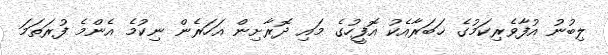
ލިބުނު އުފާވެރިކަމުގެ ޚަބަރާއެކު އޮފީހުގެ މައި ދޮރާށިން އަހަރެން ނިކުމެ އެންމެ ފުރަތަމަ